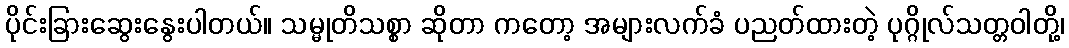
ပိုင်းခြားဆွေးနွေးပါတယ်။ သမ္မုတိသစ္စာ ဆိုတာ ကတော့ အများလက်ခံ ပညတ်ထားတဲ့ ပုဂ္ဂိုလ်သတ္တဝါတို့၊